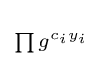
\scriptstyle \prod g^{c_{i}y_{i}}